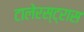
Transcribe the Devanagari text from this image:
टालेरस्ट्रास